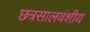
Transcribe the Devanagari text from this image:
छत्रसालवंशीय